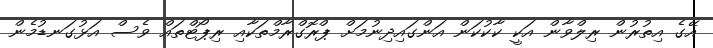
އޭގެ އިތުރުން ރިލްވާން އަކީ ކާކުކަން އަންގައިދިނުމަށް ޕްރޮގްރާމްތަކާއި ރިޕޯޓްތައް ވެސް އަޅުގަނޑުމެން